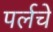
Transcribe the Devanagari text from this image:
पर्लचे